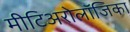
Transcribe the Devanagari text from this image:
मीटिअरोलॉजिका